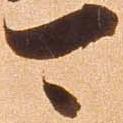
可